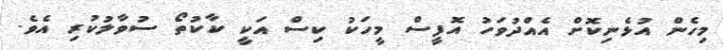
މިހެން އުޅެނިކޮށް އެއްދުވަހު އޮފީސް މީހަކު ކިސް އަކީ ކާކުތޯ ސުވާލުކުރި އެވެ.